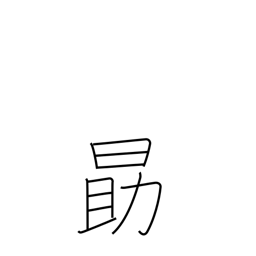
Meaning: be diligent